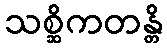
သစ္ဆိကတန္တိ